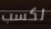
لكسب